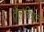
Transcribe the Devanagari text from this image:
तैलचित्रात